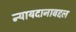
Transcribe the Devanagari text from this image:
न्यायदानाबद्दल